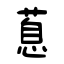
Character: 蒠